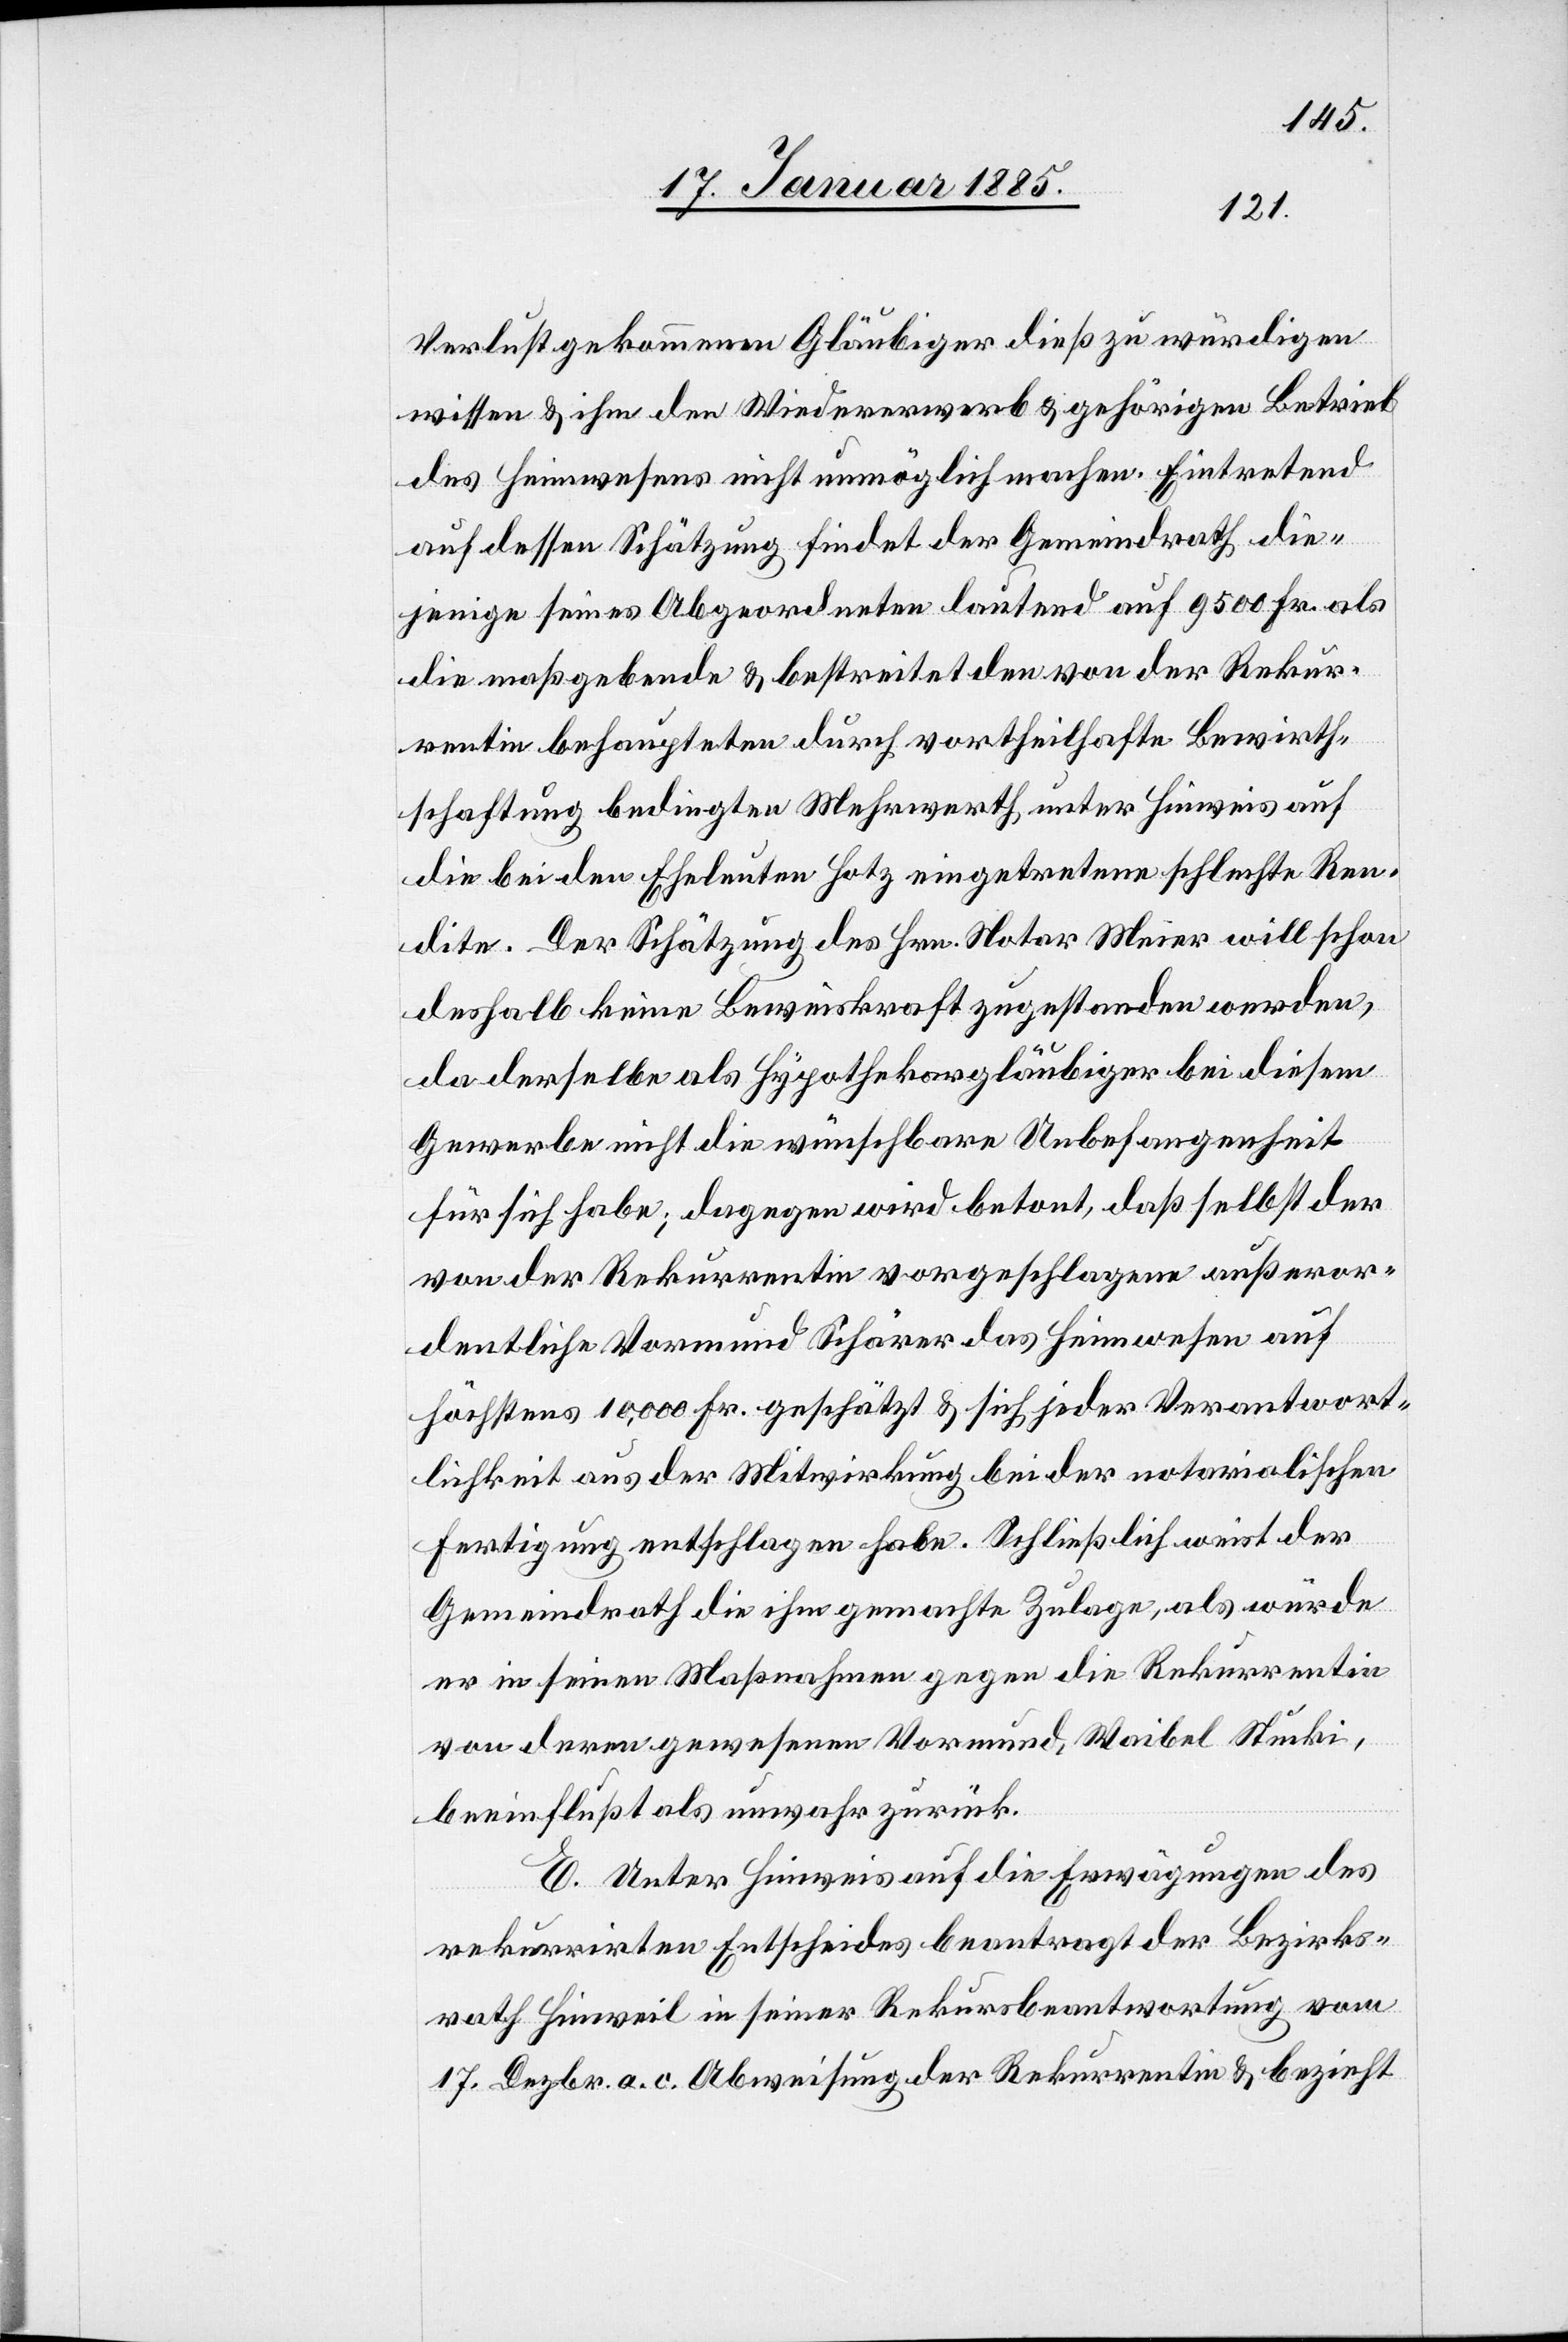
Verlust gekommenen Gläubiger dieß zu würdigen
wissen & ihm den Wiedererwerb & gehörigen Betrieb
des Heimwesens nicht unmöglich machen. Eintretend
auf dessen Schätzung findet der Gemeindrath die¬
jenige seines Abgeordneten lautend auf 9500 Fr. als
die maßgebende & bestreitet den von der Rekur¬
rentin behaupteten durch vortheilhafte Bewirth¬
schaftung bedingten Mehrwerth unter Hinweis auf
die bei den Eheleuten Hotz eingetretene schlechte Ren¬
dite. Der Schätzung des Hrn. Notar Meier will schon
deshalb keine Beweiskraft zugestanden werden,
da derselbe als Hypothekargläubiger bei diesem
Gewerbe nicht die wünschbare Unbefangenheit
für sich habe; dagegen wird betont, daß selbst der
von der Rekurrentin vorgeschlagene außeror¬
dentliche Vormund Schärer das Heimwesen auf
höchstens 10,000 Fr. geschätzt & sich jeder Verantwort¬
lichkeit aus der Mitwirkung bei der notarialischen
Fertigung entschlagen habe. Schließlich weist der
Gemeindrath die ihm gemachte Zulage, als würde
er in seinen Maßnahmen gegen die Rekurrentin
von deren gewesenen Vormund, Waibel Stucki,
beeinflußt als unwahr zurück.
E. Unter Hinweis auf die Erwägungen des
rekurrirten Entscheides beantragt der Bezirks¬
rath Hinweil in seiner Rekursbeantwortung vom
17. Dezbr. a. c. Abweisung der Rekurrentin & bezieht